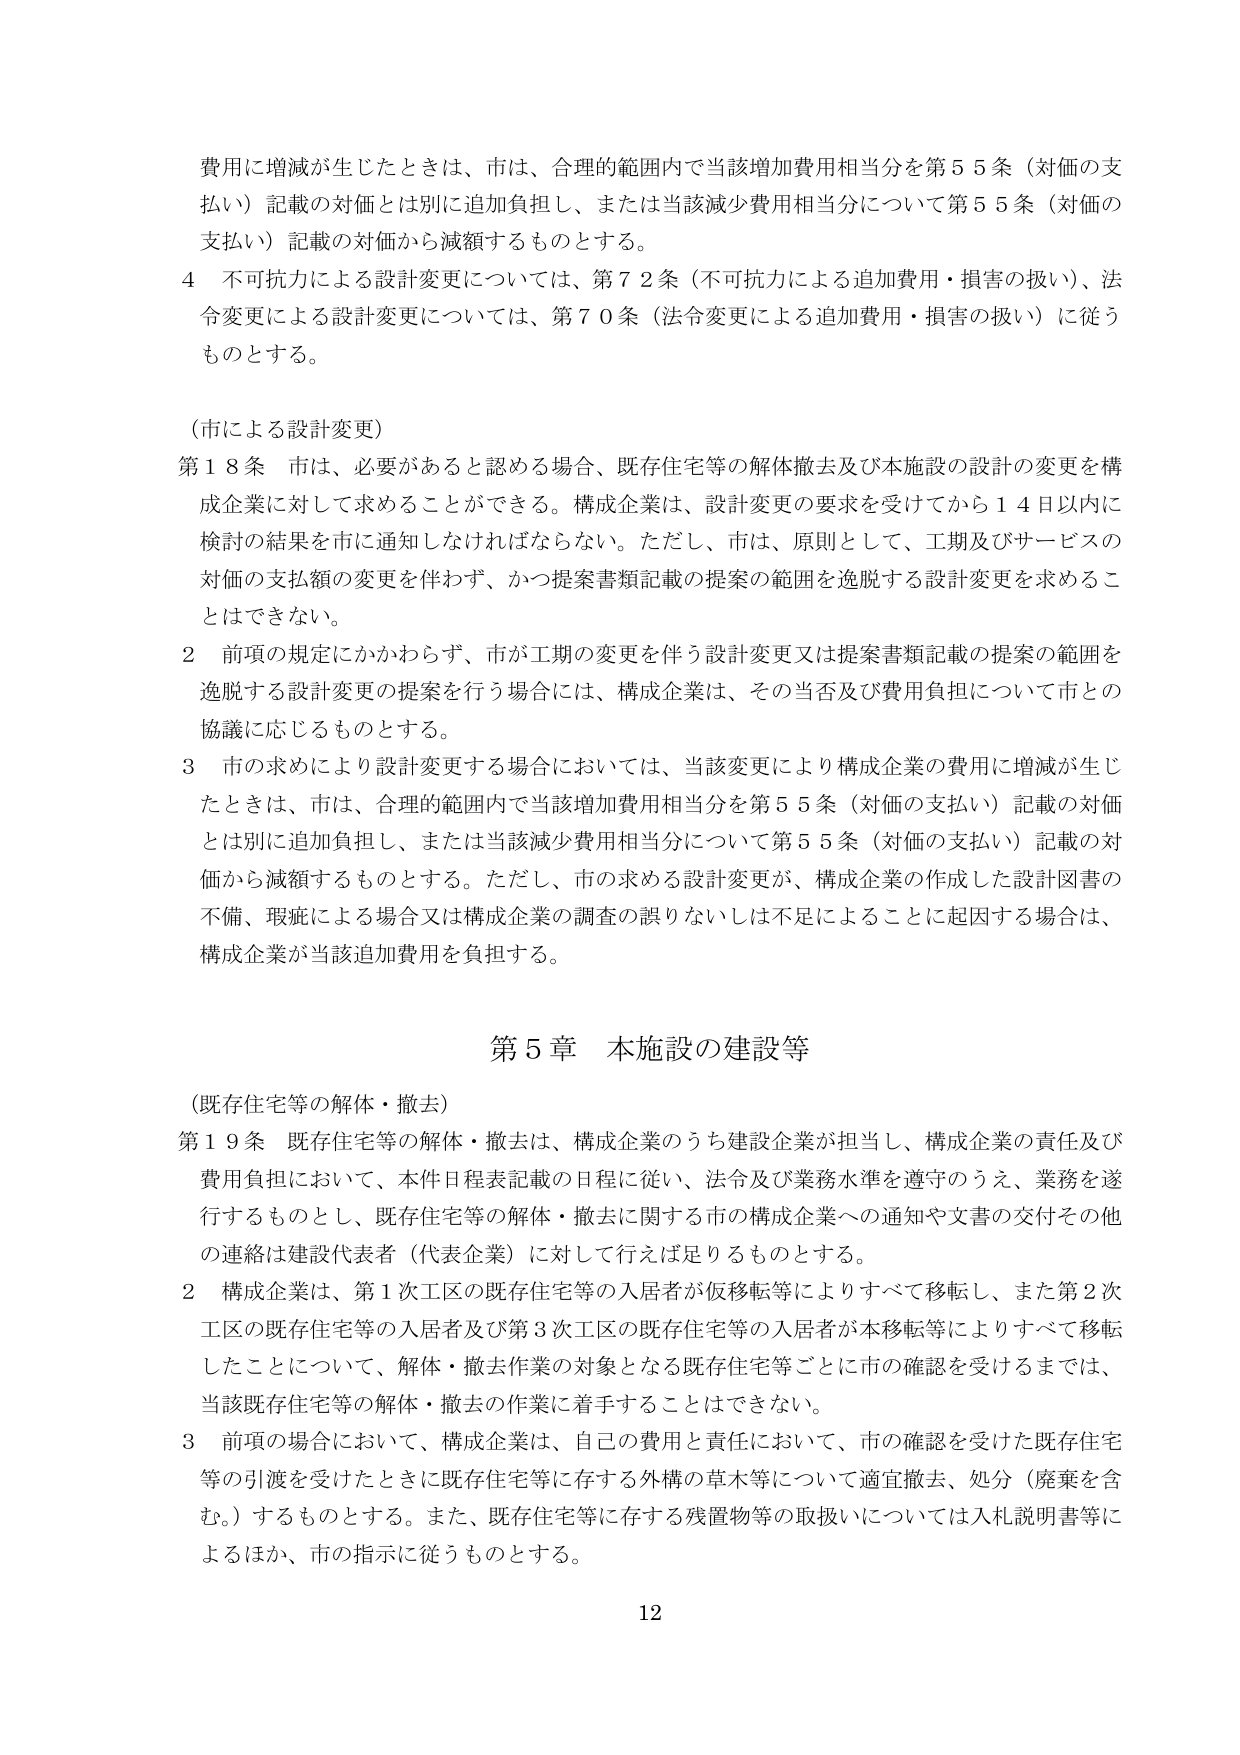
費用に増減が生じたときは、市は、合理的範囲内で当該増加費用相当分を第５５条（対価の支払い）記載の対価とは別に追加負担し、または当該減少費用相当分について第５５条（対価の支払い）記載の対価から減額するものとする。

４　不可抗力による設計変更については、第７２条（不可抗力による追加費用・損害の扱い）、法令変更による設計変更については、第７０条（法令変更による追加費用・損害の扱い）に従うものとする。

（市による設計変更）

第１８条　市は、必要があると認める場合、既存住宅等の解体撤去及び本施設の設計の変更を構成企業に対して求めることができる。構成企業は、設計変更の要求を受けてから１４日以内に検討の結果を市に通知しなければならない。ただし、市は、原則として、工期及びサービスの対価の支払額の変更を伴わず、かつ提案書類記載の提案の範囲を逸脱する設計変更を求めることはできない。

２　前項の規定にかかわらず、市が工期の変更を伴う設計変更又は提案書類記載の提案の範囲を逸脱する設計変更の提案を行う場合には、構成企業は、その当否及び費用負担について市との協議に応じるものとする。

３　市の求めにより設計変更する場合においては、当該変更により構成企業の費用に増減が生じたときは、市は、合理的範囲内で当該増加費用相当分を第５５条（対価の支払い）記載の対価とは別に追加負担し、または当該減少費用相当分について第５５条（対価の支払い）記載の対価から減額するものとする。ただし、市の求める設計変更が、構成企業の作成した設計図書の不備、瑕疵による場合又は構成企業の調査の誤りないしは不足によることに起因する場合は、構成企業が当該追加費用を負担する。

第５章　本施設の建設等

（既存住宅等の解体・撤去）

第１９条　既存住宅等の解体・撤去は、構成企業のうち建設企業が担当し、構成企業の責任及び費用負担において、本件日程表記載の日程に従い、法令及び業務水準を遵守のうえ、業務を遂行するものとし、既存住宅等の解体・撤去に関する市の構成企業への通知や文書の交付その他の連絡は建設代表者（代表企業）に対して行えば足りるものとする。

２　構成企業は、第１次工区の既存住宅等の入居者が仮移転等によりすべて移転し、また第２次工区の既存住宅等の入居者及び第３次工区の既存住宅等の入居者が本移転等によりすべて移転したことについて、解体・撤去作業の対象となる既存住宅等ごとに市の確認を受けるまでは、当該既存住宅等の解体・撤去の作業に着手することはできない。

３　前項の場合において、構成企業は、自己の費用と責任において、市の確認を受けた既存住宅等の引渡を受けたときに既存住宅等に存する外構の草木等について適宜撤去、処分（廃棄を含む。）するものとする。また、既存住宅等に存する残置物等の取扱いについては入札説明書等によるほか、市の指示に従うものとする。

12